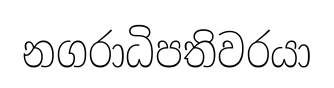
නගරාධිපතිවරයා